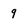
Character: 9